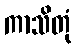
ကာသိတုံ